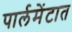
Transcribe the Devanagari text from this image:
पार्लमेंटात